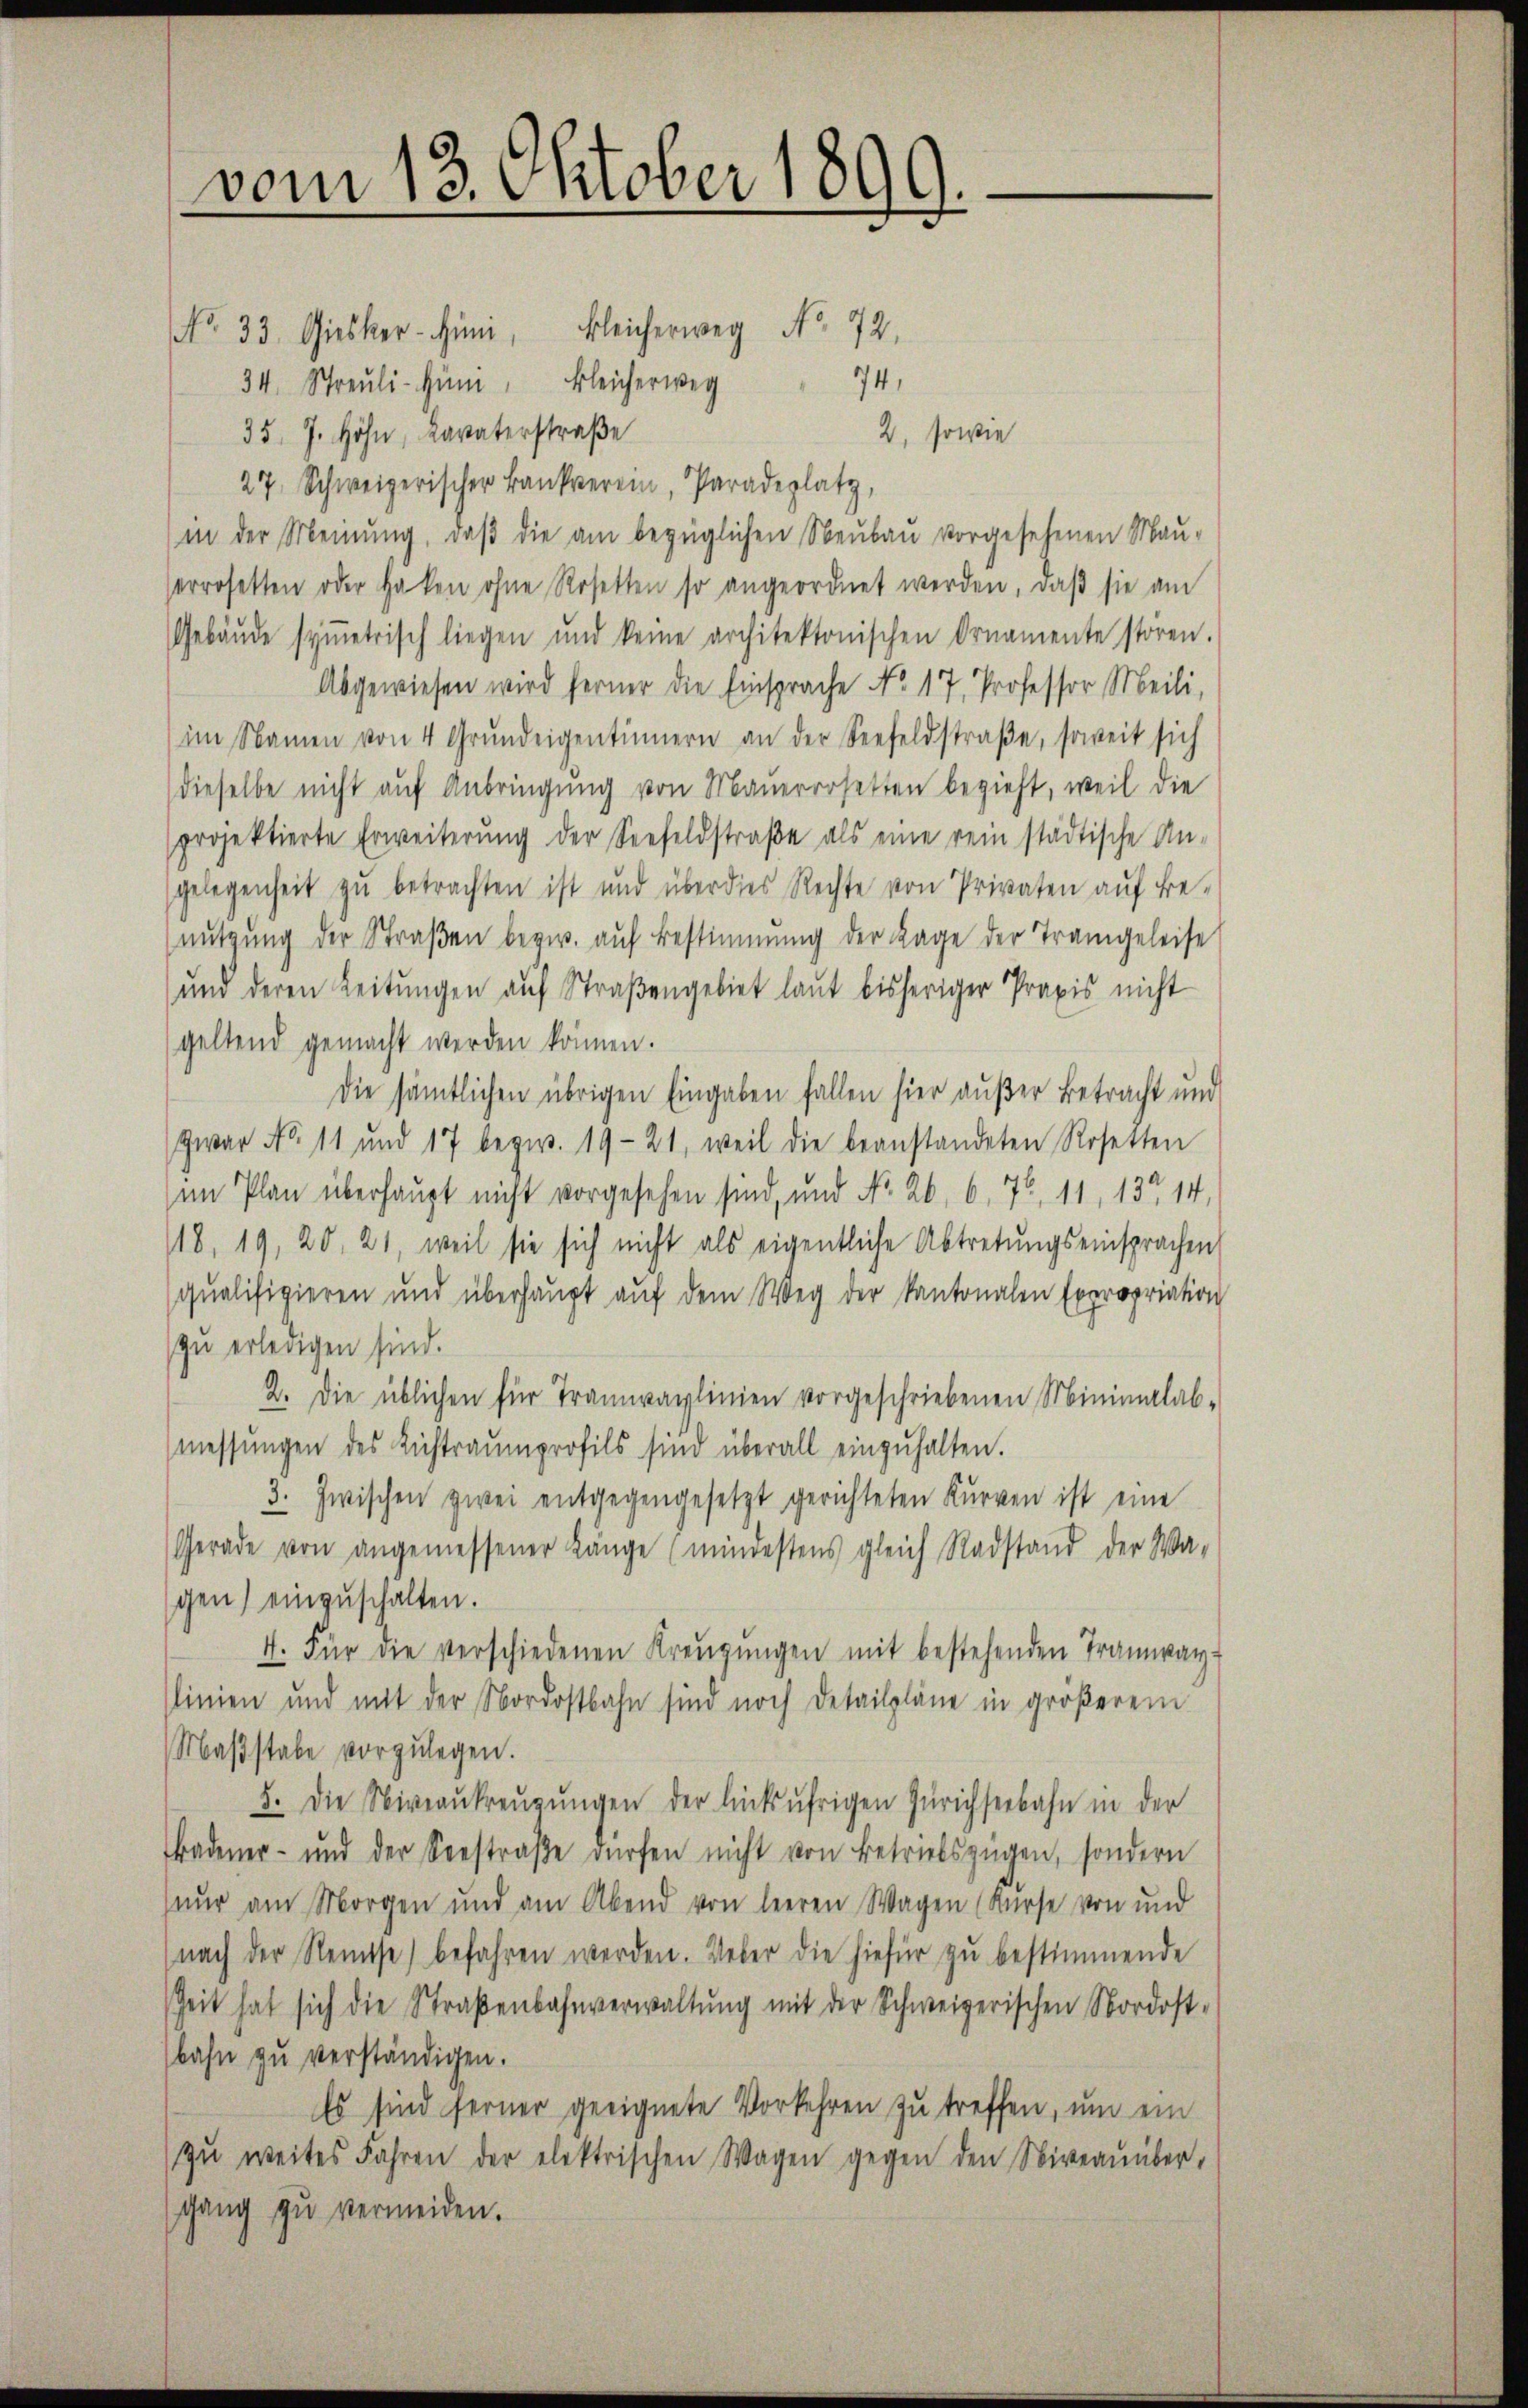
vom 13. Oktober 1899.

No 33. Giesker-Hüni, Bleicherweg No 72.
34. Streŭli-Hüni, Bleicherweg
35 J. Höhe, Lavaterstraße
2, sowie
27. Schweizerischer Bankverei, Paradeplatz,
in der Meinung, daβ die am bezüglichen Neubau vorgesehenen Mau-
errosetten oder Haken ohne Rosetten so angeordnet werden, daβ sie am
Gebäŭde symetrisch liegen und keine architektonischen Ornamente stören.
Abgewiesen wird ferner die Einsprache No. 17, Professor Meili,
im Namen von 4 Grŭndeigentinnern an der Seefeldstraβe, soweit sich
dieselbe nicht aŭf Anbringung von Mauerrosetten bezieht, weil die
projektierte Erweiterŭng der Seefeldstraβe als eine rein städtische An-
gelegenheit zu betrachten ist und über dies Rechte von Privaten auf Be-
nŭtzŭng der Straβen bezw. aŭf Bestimmung der Lage der Trangeleise
und deren Leitŭngen auf Straßengebiet laut bisheriger Praxis nicht
geltend gemacht werden können.
die sämtlichen übrigen Eingaben fallen hier außer Betracht und
zwar No. 11 und 17 bezw. 1921, weil die beanstandeten Rosetten
im Plan überhaupt nicht vorgesehen sind, und No. 26, 6, 7, 11, 13 14,
118. 19, 20, 21, weil sie sich nicht als eigentliche Abtretungseinsprachen
qualifizieren und überhaŭpt aŭf dem Weg der Kantonalen Expropriation
zu erledigen sind.
2. Die üblichen für Trannvalinien vorgeschriebenen Minimalab-
messŭngen des Lichtraumprofils sind überall einzŭhalten.
3. Zwischen zwei entgegengesetzt gerichteten Kurven ist eine
Gerade von angemessener Länge (mingestens gleich Radstand der Wa-
gen) einzuschalten.
7. Für die verschiedenen Kreŭgŭngen mit bestehenden Tramway-
linien und mit der Nordostbahn sind noch Detailpläne in größerem
Maßstabe vorzulegen.
5. Die Niveaŭkreŭgŭngen der linkufrigen Zürichseebahn in der
Badener- und der Seestraβe dürfen nicht von Betriebszügen, sondern
nŭr am Morgen und am Abend von leeren Wagen (Kurse von und
(nach der Reise) befahren werden. Ueber die hiefür zu bestimmende
Zeit hat sich die Straßenbahnverwaltŭng mit der Schweizerischen Nordost-
bahn zu verständigen.
Es sind ferner geeignete Vorkehren zu treffen, um ein
zŭ weites Jahren der elektrischen Wagen gegen den Niveaŭüber-
gang zu vermeiden.

74.